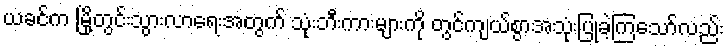
ယခင်က မြို့တွင်းသွားလာရေးအတွက် သုံးဘီးကားများကို တွင်ကျယ်စွာအသုံးပြုခဲ့ကြသော်လည်း